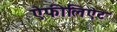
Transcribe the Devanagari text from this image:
ऐफीलिऐट